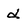
Character: d